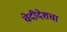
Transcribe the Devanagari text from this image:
चेदीदेशचा